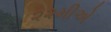
૨૨મીએ